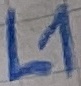
Text: L1